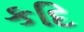
કદિ